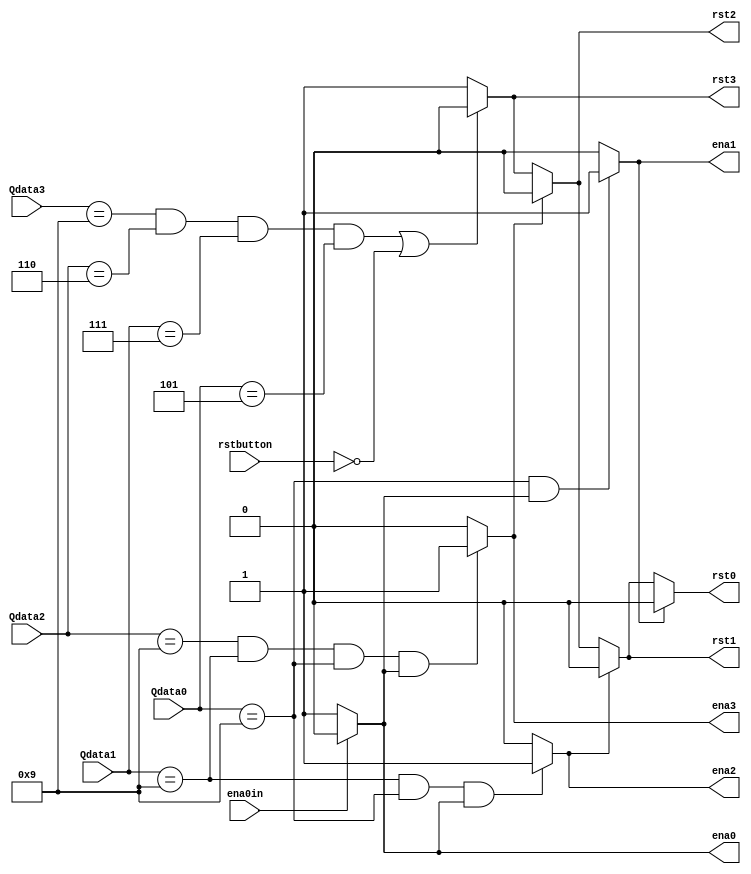
module controlador(
//inputs
input [3:0] Qdata3, Qdata2, Qdata1, Qdata0,
input rstbutton, ena0in,

//outputs
output wire ena3, ena2, ena1, ena0,
output reg rst3, rst2, rst1, rst0
);

parameter MAX_CYCLE = 4'd9;

parameter MAX_COUNT3 = 4'd9;
parameter MAX_COUNT2 = 4'd6;
parameter MAX_COUNT1 = 4'd7;
parameter MAX_COUNT0 = 4'd5;


assign ena3 = (Qdata2==MAX_CYCLE && Qdata1==MAX_CYCLE && Qdata0==MAX_CYCLE && ena0)? 1'b1 : 1'b0;
assign ena2 = (Qdata1==MAX_CYCLE && Qdata0==MAX_CYCLE && ena0)? 1'b1 : 1'b0;
assign ena1 = (Qdata0==MAX_CYCLE && ena0)? 1'b1 : 1'b0;
assign ena0 = (ena0in)? 1'b0 : 1'b1;

always@(*)
begin
	if(Qdata3==MAX_COUNT3 && Qdata2==MAX_COUNT2 && Qdata1==MAX_COUNT1 && Qdata0==MAX_COUNT0 || !rstbutton)
		begin
			rst3 = 1'b0;
			rst2 = 1'b0;
			rst1 = 1'b0;
			rst0 = 1'b0;
		end
	else
		begin
			rst3 = 1'b1;
			rst2 = 1'b1;
			rst1 = 1'b1;
			rst0 = 1'b1;
		end
	if(ena3)
		begin
			rst2 = 1'b0;
			rst1 = 1'b0;
			rst0 = 1'b0;
		end
	if(ena2)
		begin
			rst1 = 1'b0;
			rst0 = 1'b0;
		end
	if(ena1)
		rst0 = 1'b0;
end
endmodule